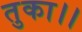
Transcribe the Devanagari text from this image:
तुका।।